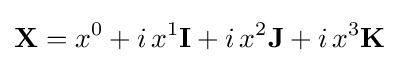
{\textbf {X}}=x^{0}+i\,x^{1}{\textbf {I}}+i\,x^{2}{\textbf {J}}+i\,x^{3}{\textbf {K}}